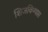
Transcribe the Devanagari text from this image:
शिजविण्यास